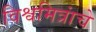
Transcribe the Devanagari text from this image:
विश्वमित्रांचे